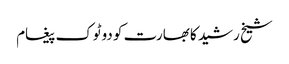
شیخ رشید کا بھارت کو دوٹوک پیغام